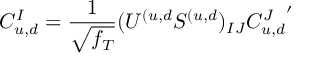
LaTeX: C _ { u , d } ^ { I } = { \frac { 1 } { \sqrt { f _ { T } } } } ( U ^ { ( u , d } S ^ { ( u , d } ) _ { I J } { C _ { u , d } ^ { J } } ^ { \prime }